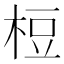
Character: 梪